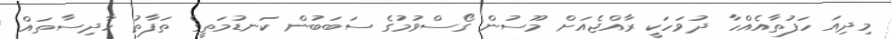
މިދިއަ ހަފުތާއެއްހާ ދުވަހަކީ ރާއްޖެއަށް މޫސުން ގޯސްވުމުގެ ސަބަބުން ކަނޑުމަތީގެ ތަފާތު ހާދިސާތައް